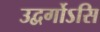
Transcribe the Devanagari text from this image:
उद्वर्गोऽसि